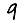
Digit: 9